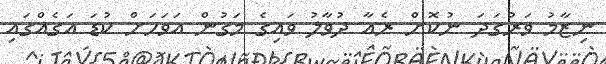
ނިޒާމު ވަރުގަދަ ނުކޮށް ރެއާ ދުވާލު ވައިގެ މަގުން އަވަހަށް ކުޑަ އަގެއްގައި